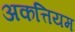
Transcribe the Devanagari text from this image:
अकत्तियम